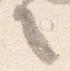
言